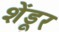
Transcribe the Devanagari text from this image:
शेंडूर